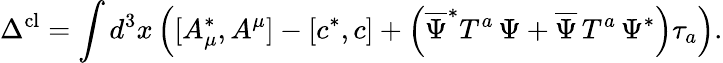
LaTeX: \Delta^{\mathrm{cl}}=\int d^{3}x\left([A_{\mu}^{*},A^{\mu}]-\left[c^{*},c\right]+\left(\overline{{{\Psi}}}^{*}T^{a}\, \Psi+\overline{{{\Psi}}}\, T^{a}\, \Psi^{*}\right)\tau_{a}\right).